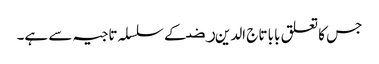
جس کا تعلق بابا تاج الدین ﺭﺿ کے سلسلہ تاجیہ سے ہے۔